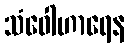
သံဝေါဟာရေန